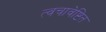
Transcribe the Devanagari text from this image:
त्वचावेष्टित